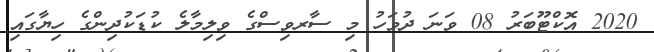
2020 އޮކްޓޫބަރު 08 ވަނަ ދުވަހު މި ސާރވިސްގެ ވިލިމާލެ ކުޑަކުދިންގެ ހިޔާގައި